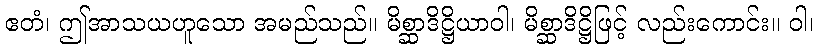
ဧတံ၊ ဤအာသယဟူသော အမည်သည်။ မိစ္ဆာဒိဋ္ဌိယာဝါ၊ မိစ္ဆာဒိဋ္ဌိဖြင့် လည်းကောင်း။ ဝါ၊